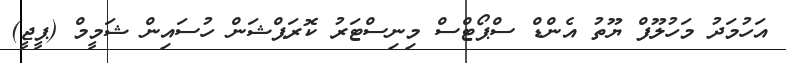
އަހުމަދު މަހުލޫފް ޔޫތު އެންޑް ސްޕޯޓްސް މިނިސްޓަރު ކޮރަޕްޝަން ހުސައިން ޝަމީމް (ޕީޖީ)